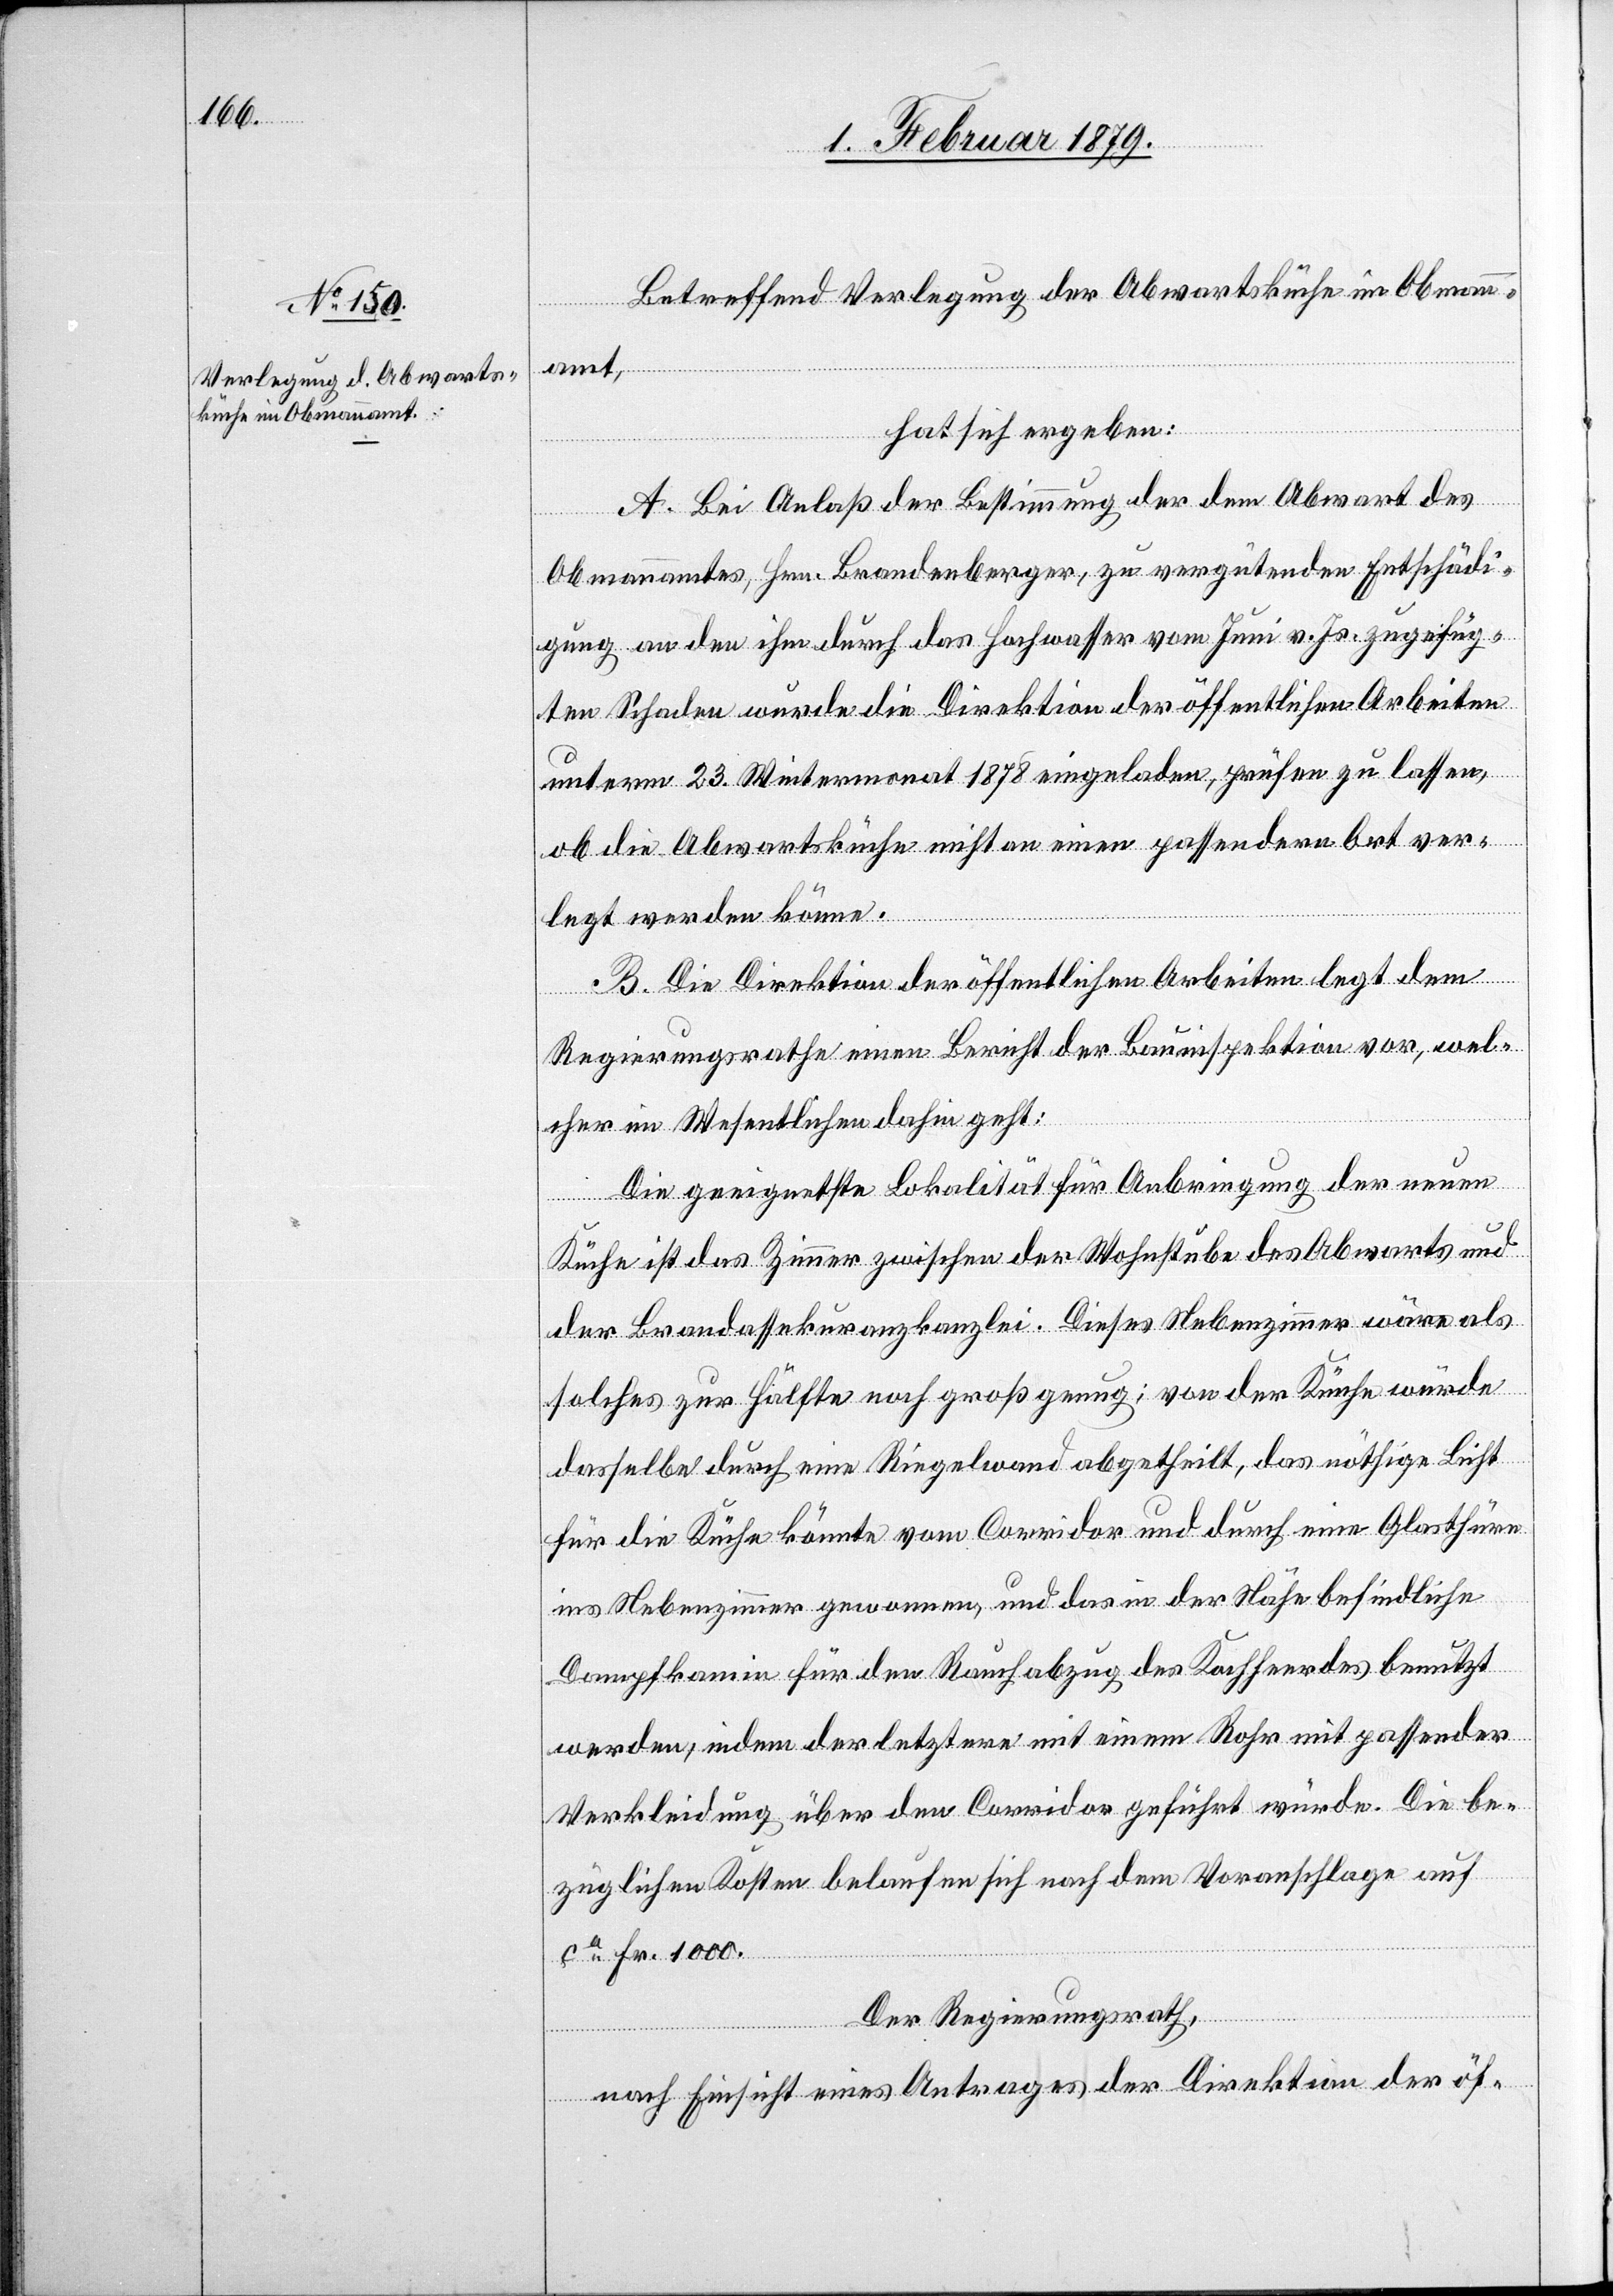
Betreffend Verlegung der Abwartsküche im Obman¬
n¬
amt,
hat sich ergeben:
A. Bei Anlaß der Bestimmung der dem Abwart des
Obmannamtes, Hrn. Brandenberger, zu vergütenden Entschädi¬
gungen an den ihm durch das Hochwasser vom Juni v. Js. zugefüg¬
ten Schaden wurde die Direktion der öffentlichen Arbeiten
unterm 23. Wintermonat 1878 eingeladen, prüfen zu lassen,
ob die Abwartsküche nicht an einen passendern Ort ver¬
legt werden könne.
B. Die Direktion der öffentlichen Arbeiten legt dem
Regierungsrathe einen Bericht der Bauinspektion vor, wel¬
cher im Wesentlichen dahin geht:
Die geeignetste Lokalität für Anbringung der neuen
Küche ist das Zimmer zwischen der Wohnstube des Abwarts und
der Brandassekuranzkanzlei. Dieses Nebenzimmer wäre als
solches zur Hälfte noch groß genug; von der Küche würde
dasselbe durch eine Riegelwand abgetheilt, das nöthige Licht
für die Küche könnte vom Corridor und durch eine Glasthüre
ins Nebenzimmer gewonnen, und das in der Nähe befindliche
Dampfkamin für den Rauchabzug des Kochheerdes [sic!]
werden, indem der letztere mit einem Rohr mit passender
Verkleidung über den Corridor geführt würde. Die be¬
züglichen Kosten belaufen sich nach dem Voranschlage auf
ca Fr. 1000.
Der Regierungsrath,
nach Einsicht eines Antrages der Direktion der öf-